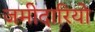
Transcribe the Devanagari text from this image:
जमीदारियो